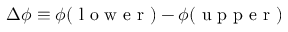
\Delta \phi \equiv \phi ( \mathrm { ~ l ~ o ~ w ~ e ~ r ~ } ) - \phi ( \mathrm { ~ u ~ p ~ p ~ e ~ r ~ } )